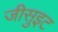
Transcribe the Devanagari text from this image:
जीसुइट